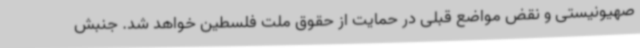
صهیونیستی و نقض مواضع قبلی در حمایت از حقوق ملت فلسطین خواهد شد. جنبش